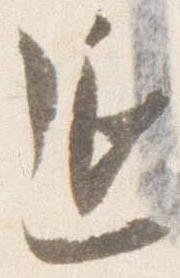
延